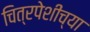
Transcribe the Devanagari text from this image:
चित्रपेशींच्या